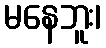
မနေဘူး၊